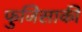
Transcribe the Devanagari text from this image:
फुजिसाकी